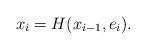
LaTeX: \begin{align*}x_i=H(x_{i-1},e_i).\end{align*}